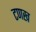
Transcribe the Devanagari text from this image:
टणख